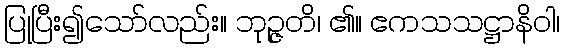
ပြုပြီး၍သော်လည်း။ ဘုဉ္ဇတိ၊ ၏။ ဧကသသဋ္ဌာနိဝါ၊